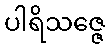
ပါရိသဇ္ဇေ